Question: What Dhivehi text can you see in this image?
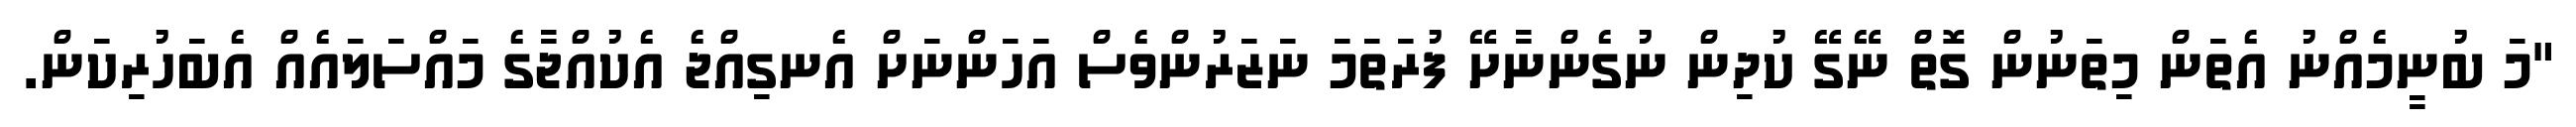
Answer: "މަ ބުނީމެއްނު އެތަން މިތަނުން ގޮތް ނޭގޭ ކުދިން ނުގެންނާށޭ ފުރަތަމަ ނަޒަރުންވެސް އަހަންނަށް އެނގިއްޖެ އެކުއްޖާގެ މައްސަލައެއް އެބަހުރިކަން.